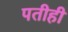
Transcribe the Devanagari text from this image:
पतीही